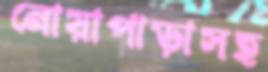
নোয়াপাড়াসহ